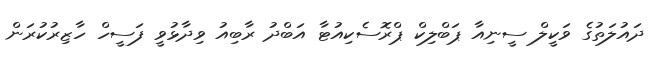
ދައުލަތުގެ ވަކީލް ސީނިއާ ޕަބްލިކް ޕްރޮސެކިއުޓާ އަބްދު ރާބިއު ވިދާޅުވީ ފަސީހް ހާޒިރުކުރަން